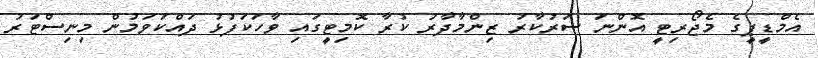
އެމްޑީޕީގެ މެޖޯރިޓީ އޮންނަ ސަރުކާރު ޒިންމާދާރު ކުރާ ކޮމިޓީގައި ވާހަކަފުޅު ދައްކަވަމުން މިނިސްޓަރު